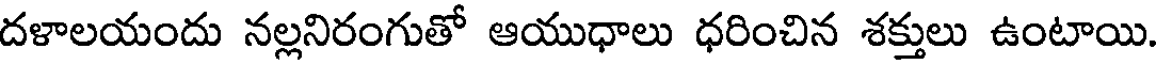
దళాలయందు నల్లనిరంగుతో ఆయుధాలు ధరించిన శక్తులు ఉంటాయి